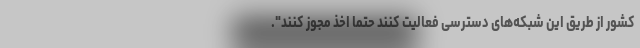
کشور از طریق این شبکه‌های دسترسی فعالیت کنند حتماً اخذ مجوز کنند".